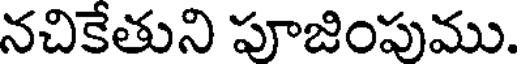
నచికేతుని పూజింపుము.